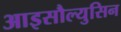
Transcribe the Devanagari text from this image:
आइसौल्युसिन